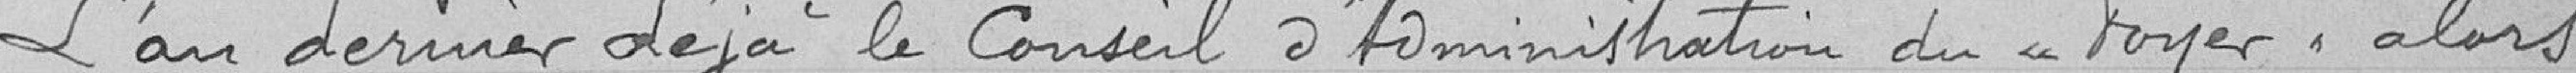
L'an dernier déjà la Conseil d'Administration du "Foyer" , alors